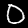
Digit: 0